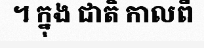
។ ក្នុង ជាតិ កាលពី